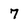
Character: 7